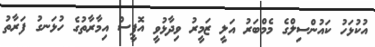
އުކުޅަހު ކައުންސިލްގެ މެމްބަރު އަލީ ޒަމީރު ވިދާޅުވީ އޮފީސް އިމާރާތުގެ ހުޅަނގު ފަރާތު